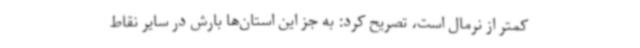
کمتر از نرمال است، تصریح کرد: به جز این استان‌ها بارش در سایر نقاط